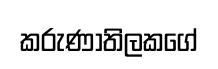
කරුණාතිලකගේ